Report of the Indian Hemp Drugs Commission, 1894-1895 - Volume V
Year: 1894
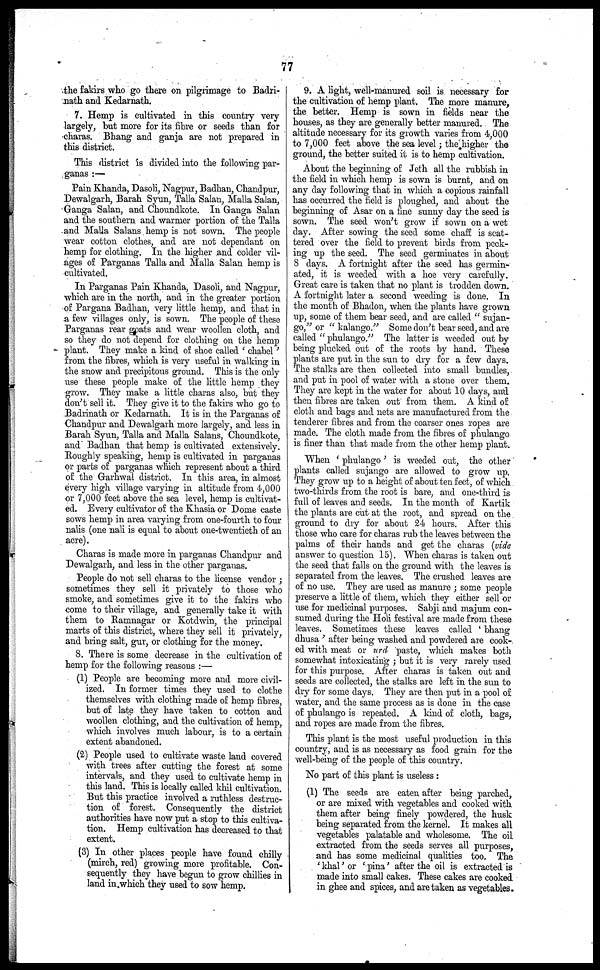
77
the fakirs who go there on pilgrimage to Badri-
nath and Kedarnath.
7. Hemp is cultivated in this country very
largely, but more for its fibre or seeds than for
charas. Bhang and ganja are not prepared in
this district.
This district is divided into the following par-
ganas :—
Pain Khanda, Dasoli, Nagpur, Badhan, Chandpur,
Dewalgarh, Barah Syun, Talk Salan, Malla Salan,
Ganga Salan, and Choundkote. In Ganga Salan
and the southern and warmer portion of the Talla
and Malla Salans hemp is not sown. The people
wear cotton clothes, and are not dependant on
hemp for clothing. In the higher and colder vil-
ages of Parganas Talla and Malla Salan hemp is
cultivated.
In Parganas Pain Khanda, Dasoli, and Nagpur,
which are in the north, and in the greater portion
of Pargana Badhan, very little hemp, and that in
a few villages only, is sown. The people of these
Parganas rear goats and wear woollen cloth, and
so they do not depend for clothing on the hemp
plant. They make a kind of shoe called 'chabel'
from the fibres, which is very useful in walking in
the snow and precipitous ground. This is the only
use these people make of the little hemp they
grow. They make a little charas also, but they
don't sell it. They give it to the fakirs who go to
Badrinath or Kedarnath. It is in the Parganas of
Chandpur and Dewalgarh more largely, and less in
Barah Syun, Talla and Malla Salans, Choundkote,
and Badhan that hemp is cultivated extensively.
Roughly speaking, hemp is cultivated in parganas
or parts of parganas which represent about a third
of the Garhwal district. In this area, in almost
every high village varying in altitude from 4,000
or 7,000 feet above the sea level, hemp is cultivat-
ed. Every cultivator of the Khasia or Dome caste
sows hemp in area varying from one-fourth to four
nalis (one nali is equal to about one-twentieth of an
acre).
Charas is made more in parganas Chandpur and
Dewalgarh, and less in the other parganas.
People do not sell charas to the license vendor ;
sometimes they sell it privately to those who
smoke, and sometimes give it to the fakirs who
come to their village, and generally take it with
them to Ramnagar or Kotdwin, the principal
marts of this district, where they sell it privately,
and bring salt, gur, or clothing for the money.
8. There is some decrease in the cultivation of
hemp for the following reasons :—
(1) People are becoming more and more civil-
ized. In former times they used to clothe
themselves with clothing made of hemp fibres,
but of late they have taken to cotton and
woollen clothing, and the cultivation of hemp,
which involves much labour, is to a certain
extent abandoned.
(2) People used to cultivate waste land covered
with trees after cutting the forest at some
intervals, and they used to cultivate hemp in
this land. This is locally called khil cultivation.
But this practice involved a ruthless destruc-
tion of forest. Consequently the district
authorities have now put a stop to this cultiva-
tion. Hemp cultivation has decreased to that
extent.
(3) In other places people have found chilly
(mirch, red) growing more profitable. Con-
sequently they have begun to grow chillies in
land in which they used to sow hemp.
9. A light, well-manured soil is necessary for
the cultivation of hemp plant. The more manure,
the better. Hemp is sown in fields near the
houses, as they are generally better manured. The
altitude necessary for its growth varies from 4,000
to 7,000 feet above the sea level ; the higher the
ground, the better suited it is to hemp cultivation.
About the beginning of Jeth all the rubbish in
the field in which hemp is sown is burnt, and on
any day following that in which a copious rainfall
has occurred the field is ploughed, and about the
beginning of Asar on a fine sunny day the seed is
sown. The seed won't grow if sown on a wet
day. After sowing the seed some chaff is scat-
tered over the field to prevent birds from peck-
ing up the seed. The seed germinates in about
8 days. A fortnight after the seed has germin-
ated, it is weeded with a hoe very carefully.
Great care is taken that no plant is trodden down.
A fortnight later a second weeding is done. In
the month of Bhadon, when the plants have grown
up, some of them bear seed, and are called "sujan-
go," or "kalango."
Some don't bear seed, and are
called ''phulango."
The latter is weeded out by
being plucked out of the roots by hand. These
plants are put in the sun to dry for a few days.
The stalks are then collected into small bundles,
and put in pool of water with a stone over them.
They are kept in the water for about 10 days, and
then fibres are taken out from them. A kind of
cloth and bags and nets are manufactured from the
tenderer fibres and from the coarser ones ropes are
made. The cloth made from the fibres of phulango
is finer than that made from the other hemp plant.
When 'phulango' is weeded out, the other
plants called sujango are allowed to grow up.
They grow up to a height of about ten feet, of which
two-thirds from the root is bare, and one-third is
full of leaves and seeds. In the month of Kartik
the plants are cut at the root, and spread on the
ground to dry for about 24 hours. After this
those who care for charas rub the leaves between the
palms of their hands and get the charas (vide
answer to question 15). When charas is taken out
the seed that falls on the ground with the leaves is
separated from the leaves. The crushed leaves are
of no use. They are used as manure ; some people
preserve a little of them, which they either sell or
use for medicinal purposes. Sabji and majum con-
sumed during the Holi festival are made from these
leaves. Sometimes these leaves called 'bhang
dhusa' after being washed and powdered are cook-
ed with meat or urd paste, which makes both
somewhat intoxicating ; but it is very rarely used
for this purpose. After charas is taken out and
seeds are collected, the stalks are left in the sun to
dry for some days. They are then put in a pool of
water, and the same process as is done in the case
of phulango is repeated. A kind of cloth, bags,
and ropes are made from the fibres.
This plant is the most useful production in this
country, and is as necessary as food grain for the
well-being of the people of this country.
No part of this plant is useless :
(1) The seeds are eaten after being parched,
or are mixed with vegetables and cooked with
them after being finely powdered, the husk
being separated from the kernel. It makes all
vegetables palatable and wholesome. The oil
extracted from the seeds serves all purposes,
and has some medicinal qualities too. The
'khal' or 'pina' after the oil is extracted is
made into small cakes. These cakes are cooked
in ghee and spices, and are taken as vegetables.